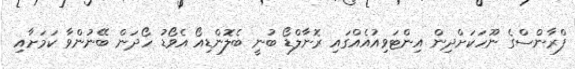
ފްރާންސްގެ ނޫހަކަށްދިން އިންޓަވިއުއެއްގައި ރޮނާލްޑޯ ބުނީ ބެލޮންޑިއޯ އެވޯޑު ހޯދަން ބޭނުންވާ ކަމަށާއި